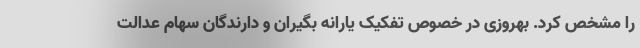
را مشخص کرد. بهروزی در خصوص تفکیک یارانه بگیران و دارندگان سهام عدالت